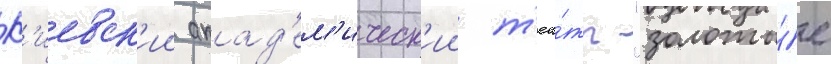
К'иевск'ии акад'ем'ическ'ии т'еа́тр "золоты́е